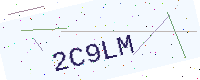
Text: 2C9LM